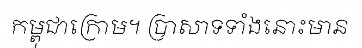
កម្ពុជាក្រោម។ ប្រាសាទទាំងនោះមាន